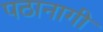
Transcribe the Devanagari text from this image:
पठानागी